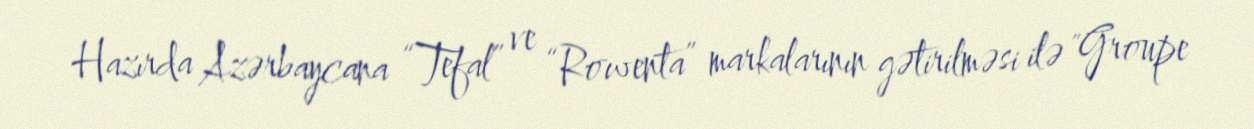
Hazırda Azərbaycana “Tefal” ve “Rowenta” markalarının gətirilməsi ilə "Groupe